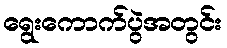
ရွေးကောက်ပွဲအတွင်း